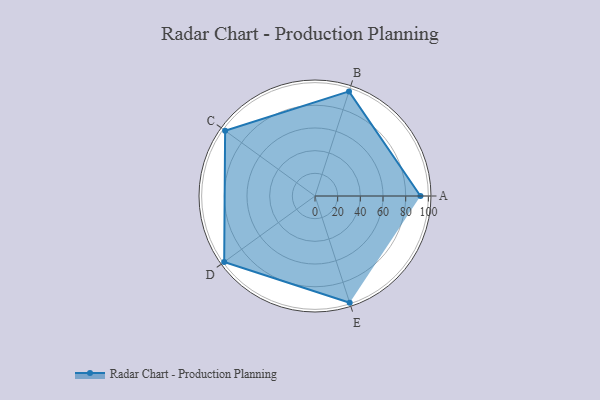
{"axis": {"x": "Skill", "y": "Score"}, "legend": ["Profile"], "data": [{"x": "A", "y": 93.0, "type": "Profile"}, {"x": "B", "y": 97.0, "type": "Profile"}, {"x": "C", "y": 98.0, "type": "Profile"}, {"x": "D", "y": 99, "type": "Profile"}, {"x": "E", "y": 99, "type": "Profile"}]}